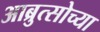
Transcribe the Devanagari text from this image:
आब्रुत्सोच्या